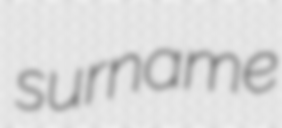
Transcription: surname